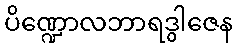
ပိဏ္ဍောလဘာရဒွါဇေန